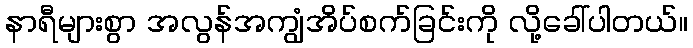
နာရီများစွာ အလွန်အကျွံအိပ်စက်ခြင်းကို လို့ခေါ်ပါတယ်။